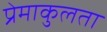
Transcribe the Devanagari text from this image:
प्रेमाकुलता